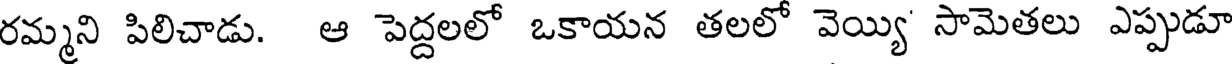
రమ్మని పిలిచాడు. ఆ పెద్దలలో ఒకాయన తలలో వెయ్యి సామెతలు ఎప్పుడూ